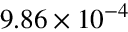
9 . 8 6 \times 1 0 ^ { - 4 }